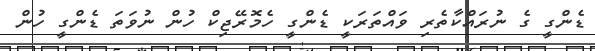
ޑެންގީ ގެ ނުރައްކާތެރި ވައްތަރަކީ ޑެންގީ ހެމޮރޭޖިކް ހުން ނުވަތަ ޑެންގީ ހުން